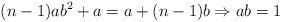
LaTeX: \begin{align*}(n-1)ab^2 + a = a + (n-1)b \Rightarrow ab=1\end{align*}